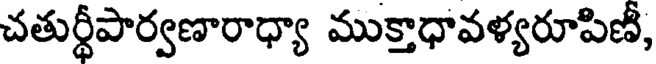
చతుర్థీపార్వణారాధ్యా ముక్తాధావళ్యరూపిణీ,